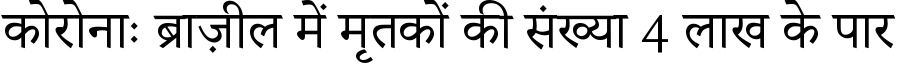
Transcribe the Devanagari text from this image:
कोरोनाः ब्राज़ील में मृतकों की संख्या 4 लाख के पार